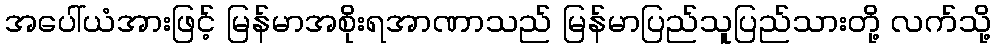
အပေါ်ယံအားဖြင့် မြန်မာအစိုးရအာဏာသည် မြန်မာပြည်သူပြည်သားတို့ လက်သို့